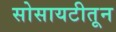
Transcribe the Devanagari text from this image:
सोसायटीतून